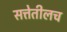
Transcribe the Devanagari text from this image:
सत्तेतीलच